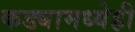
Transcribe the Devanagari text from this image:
कड्यामध्येही